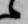
候